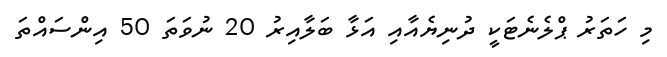
މި ހަތަރު ޕްލެނެޓަކީ ދުނިޔެއާއި އަޅާ ބަލާއިރު 20 ނުވަތަ 50 އިންސައްތަ